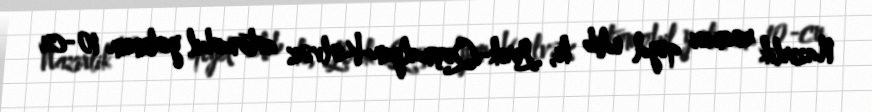
Nazirlik rəsmisi qeyd edib ki, Lerik-Qoşmalyan-Kəlvəz avtomobil yolunun 10-cu